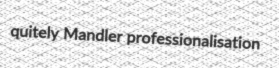
quitely Mandler professionalisation